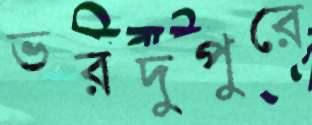
ভরদুপুরে